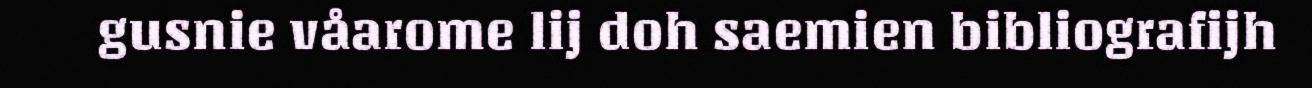
gusnie våarome lij doh saemien bibliografijh